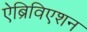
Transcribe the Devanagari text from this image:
ऐब्रिविएशन